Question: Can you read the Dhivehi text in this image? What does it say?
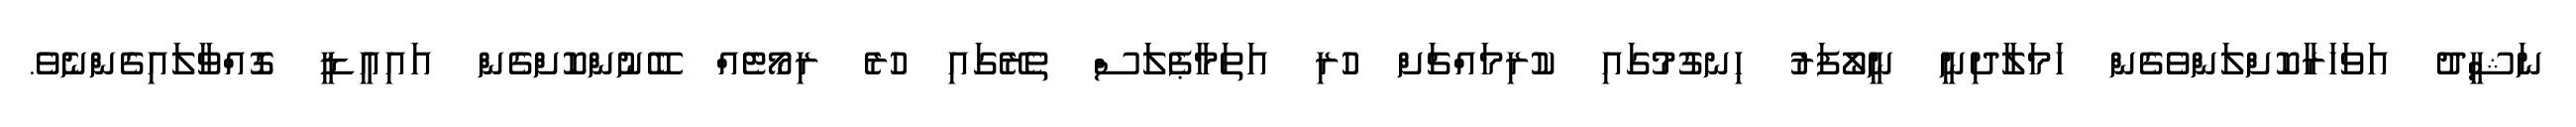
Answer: ނަޝީދު އަވަހަރާކޮށްލަންވެގެން ހަމަލާދިނީ ނީލޯފަރު ހިނގުމުގައި ކުރިމައްޗަށް ހުރި އަތަމާޕެލަސް ތެރޭގައި ހުރެ ރިމޯޓެއް ބޭނުންކޮށްގެން އައިއީޑީ ގޮއްވާލައިގެންނެވެ.